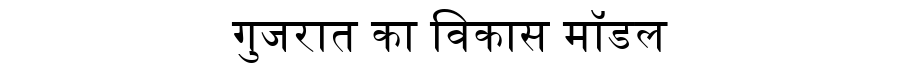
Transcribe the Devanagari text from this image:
गुजरात का विकास मॉडल